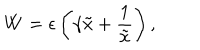
LaTeX: W = \epsilon \left( \gamma \tilde { x } + \frac { 1 } { \tilde { x } } \right) ,